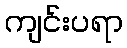
ကျင်းပရာ